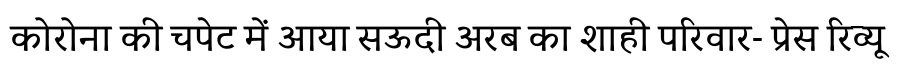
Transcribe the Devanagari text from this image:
कोरोना की चपेट में आया सऊदी अरब का शाही परिवार- प्रेस रिव्यू